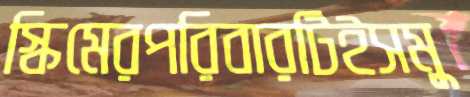
স্কিমেরপরিবারটিইসমু